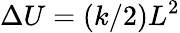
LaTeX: \Delta U=(k/2)L^{2}